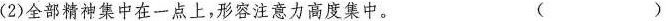
(2)全部精神集中在一点上，形容注意力高度集中。 ( )